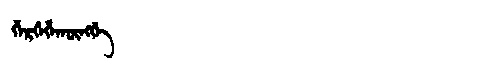
Manchu: ᡤᡝᡵᡤᡝᡥᠠᡴᡡᠩᡤᡝ
Romanization: GERGEHAKŪNGGE